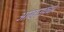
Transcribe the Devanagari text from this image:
आंखाउपचार